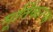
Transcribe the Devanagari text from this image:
मूर्तिकरण